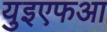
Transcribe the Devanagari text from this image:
युइएफआ